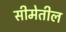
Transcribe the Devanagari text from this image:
सीमेतील